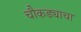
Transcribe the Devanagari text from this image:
चौकड्याचा